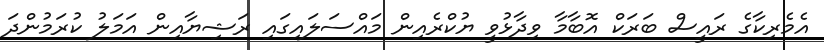
އެމެރިކާގެ ރައީސް ބަރަކް އޮބާމާ ވިދާޅުވީ ޔުކްރެއިން މައްސަލައިގައި ރަޝިޔާއިން އަމަލު ކުރަމުންދަ